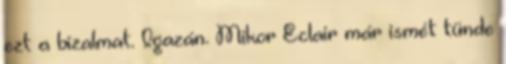
ezt a bizalmat. Igazán. Mikor Eclair már ismét tünde